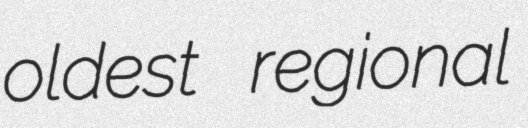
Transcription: oldest regional